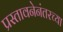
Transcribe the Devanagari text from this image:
प्रस्तावनेनंतरच्या